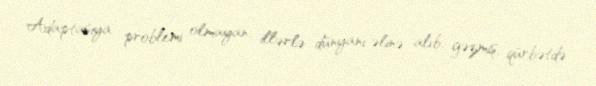
Adaptasiya problemi olmayan, illərlə dünyanı əlinə alıb, gəzmiş, qürbətdə